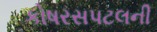
કોષરસપટલની